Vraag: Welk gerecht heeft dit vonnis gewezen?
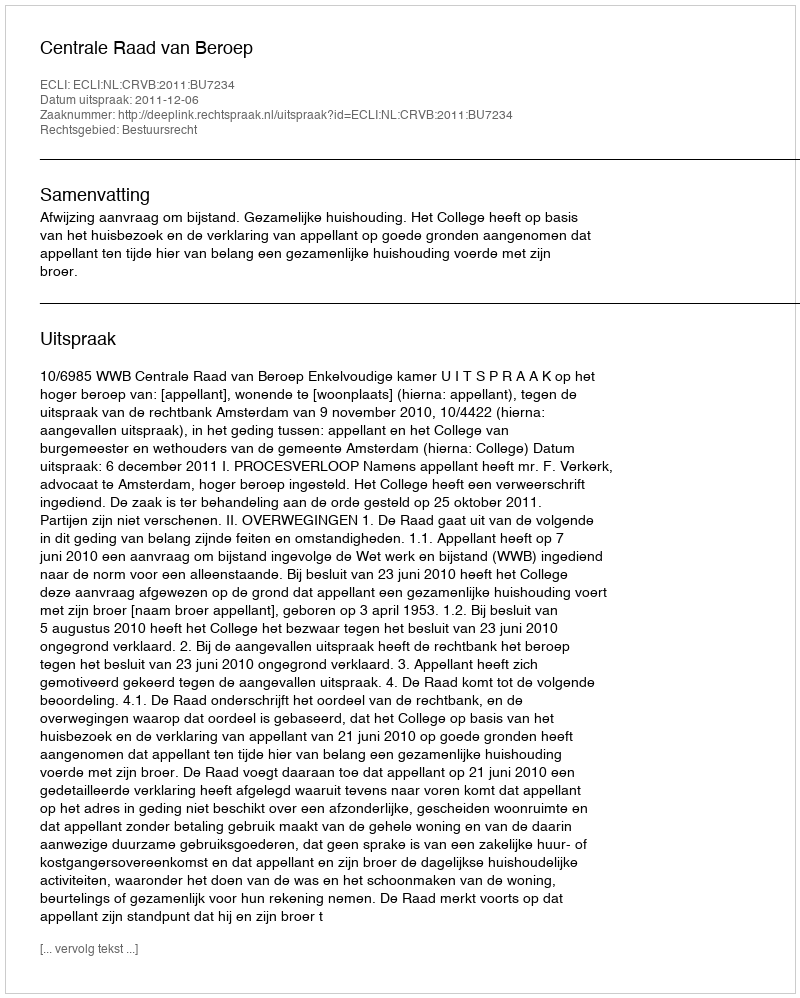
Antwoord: Centrale Raad van Beroep